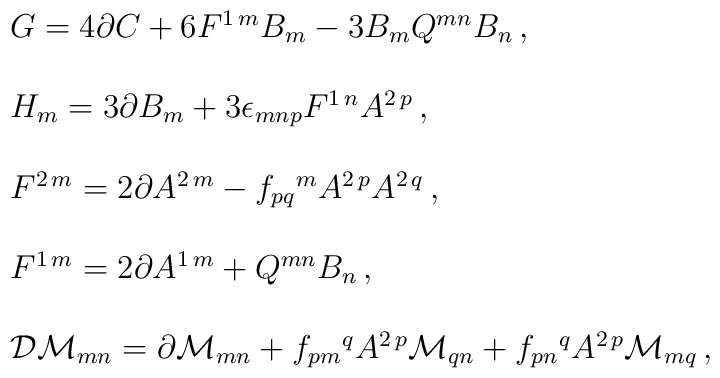
\begin{array}{rcl}& & G = 4 \partial C +6 F^{1\, m} B_{m}-3B_{m}Q^{mn}B_{n}\, ,\\& & \\& & H_{m} = 3\partial B_{m} +3\epsilon_{mnp}F^{1\, n}A^{2\, p}\, ,\\& & \\& & F^{2\, m} = 2\partial A^{2\, m}-f_{pq}{}^{m}A^{2\, p}A^{2\, q}\, ,\\& &\\& & F^{1\, m} = 2\partial A^{1\, m}+Q^{mn}B_{n}\, ,\\& & \\& & {\cal D}{\cal M}_{mn} = \partial {\cal M}_{mn}+f_{pm}{}^{q}A^{2\, p}{\cal M}_{qn}+f_{pn}{}^{q}A^{2\, p}{\cal M}_{mq}\, ,\\\end{array}